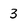
Character: 3